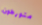
متورطون